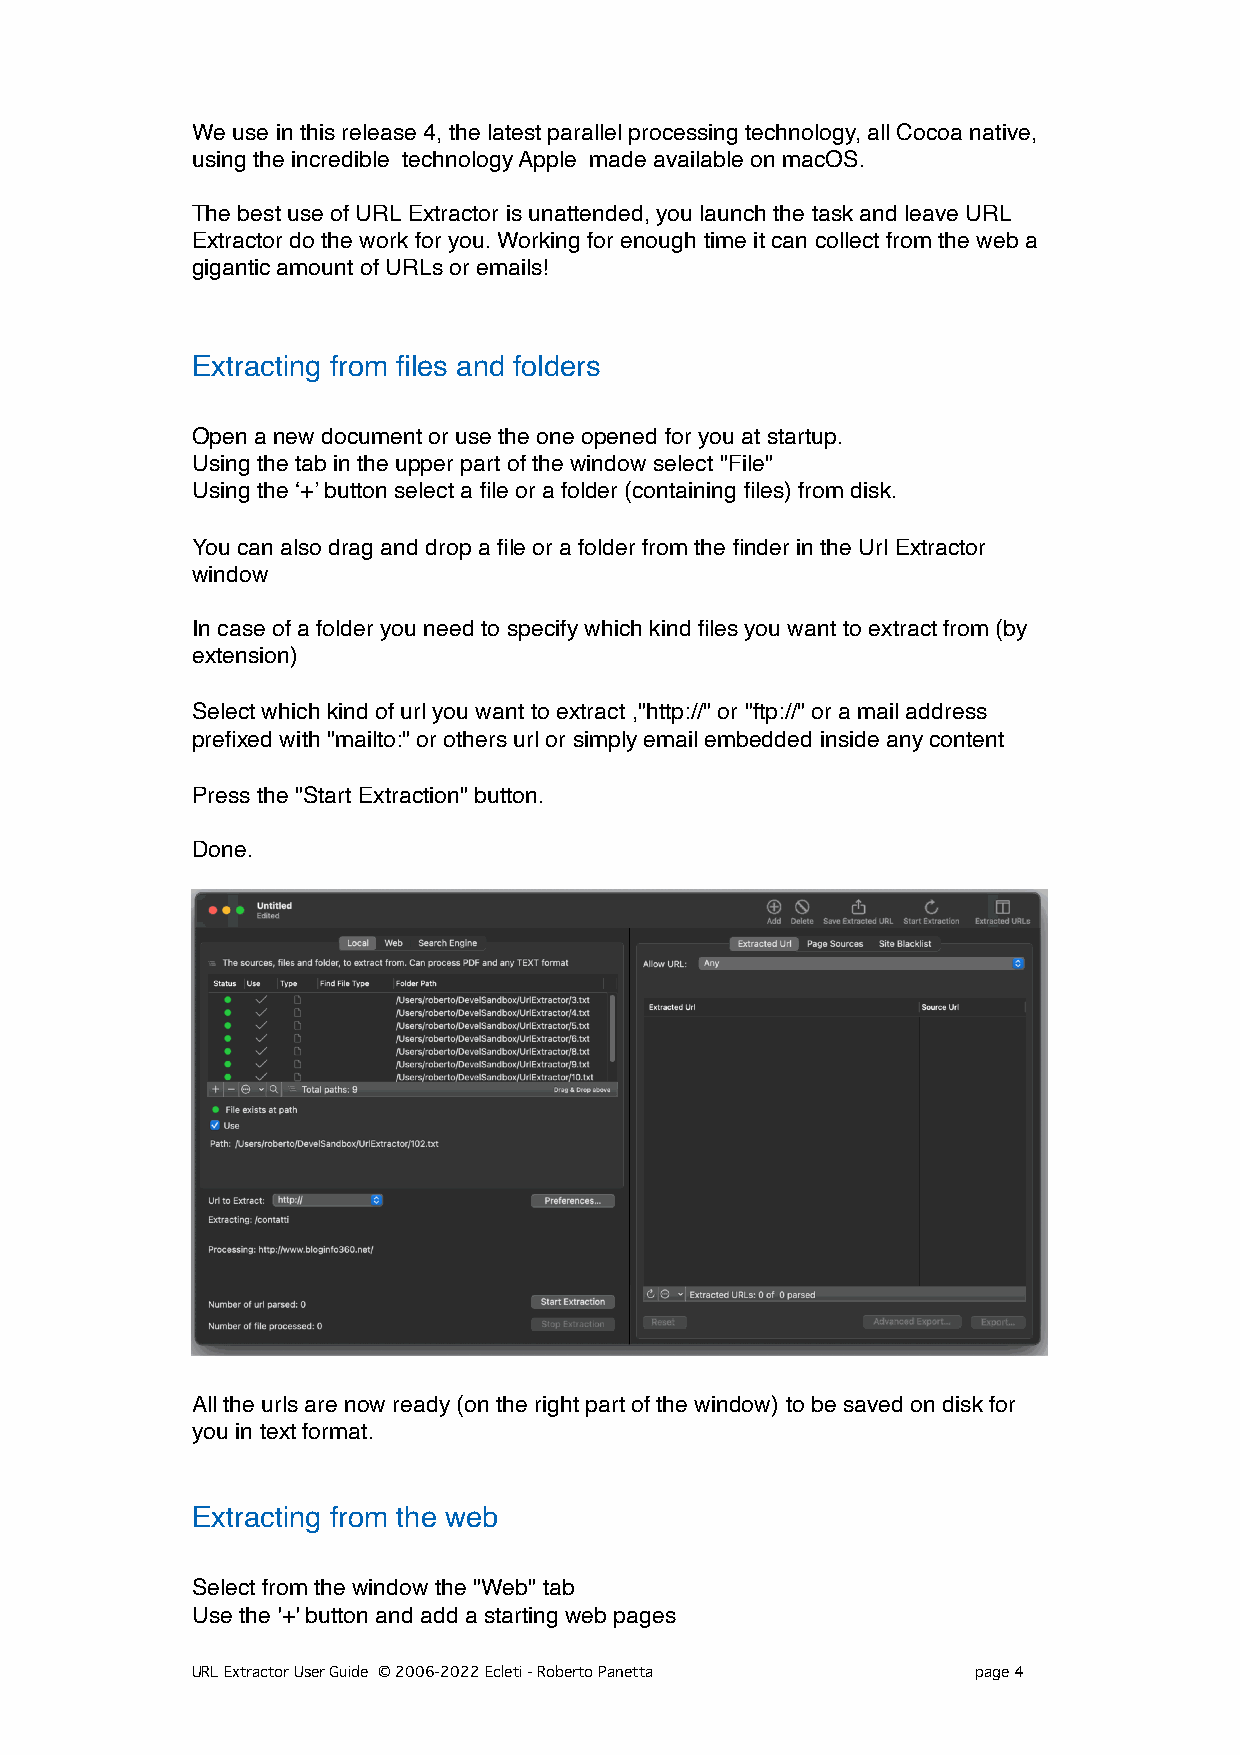
We use in this release 4, the latest parallel processing technology, all Cocoa native,
 using the incredible technology Apple made available on macOS.
 The best use of URL Extractor is unattended, you launch the task and leave URL
 Extractor do the work for you. Working for enough time it can collect from the web a
 gigantic amount of URLs or emails!
 Extracting from files and folders
 Open a new document or use the one opened for you at startup.
 Using the tab in the upper part of the window select "File"
 Using the ‘+’ button select a file or a folder (containing files) from disk.
 You can also drag and drop a file or a folder from the finder in the Url Extractor
 window
 In case of a folder you need to specify which kind files you want to extract from (by
 extension)
 Select which kind of url you want to extract ,"http://" or "ftp://" or a mail address
 prefixed with "mailto:" or others url or simply email embedded inside any content
 Press the "Start Extraction" button.
 Done.
 All the urls are now ready (on the right part of the window) to be saved on disk for
 you in text format.
 Extracting from the web
 Select from the window the "Web" tab
 Use the '+' button and add a starting web pages
 URL Extractor User Guide © 2006-2022 Ecleti - Roberto Panetta page 4